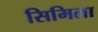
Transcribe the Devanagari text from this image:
सिमिला